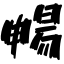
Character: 暢